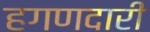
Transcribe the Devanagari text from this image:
हगणदारी